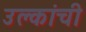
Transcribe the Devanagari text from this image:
उल्कांची